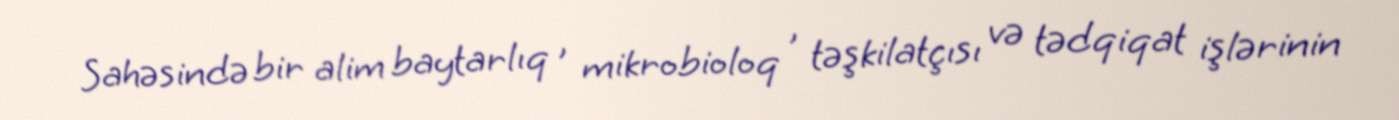
Sahəsində bir alim baytarlıq , mikrobioloq , təşkilatçısı və tədqiqat işlərinin